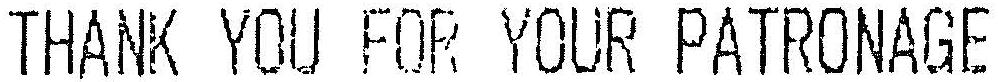
THANK YOU FOR YOUR PATRONAGE